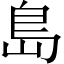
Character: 島